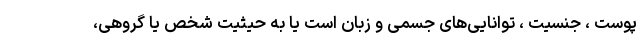
پوست ، جنسیت ، توانایی‌های جسمی و زبان است یا به حیثیت شخص یا گروهی،